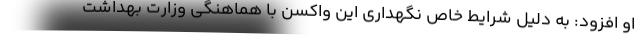
او افزود: به دلیل شرایط خاص نگهداری این واکسن با هماهنگی وزارت بهداشت